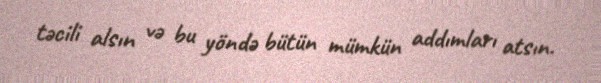
təcili alsın və bu yöndə bütün mümkün addımları atsın.